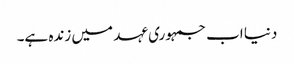
دنیا اب جمہوری عہد میں زندہ ہے۔